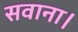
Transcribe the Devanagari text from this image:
सवाना।